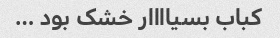
کباب بسیاااار خشک بود …